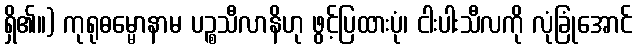
ရှိ၏။) ကုရုဓမ္မောနာမ ပဉ္စသီလာနိဟု ဖွင့်ပြထားပုံ၊ ငါးပါးသီလကို လုံခြုံအောင်